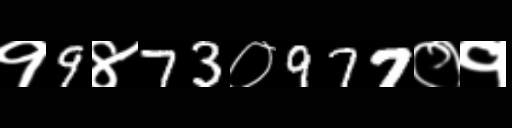
Text: १9४73०977०१